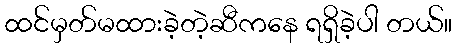
ထင်မှတ်မထားခဲ့တဲ့ဆီကနေ ရရှိခဲ့ပါ တယ်။